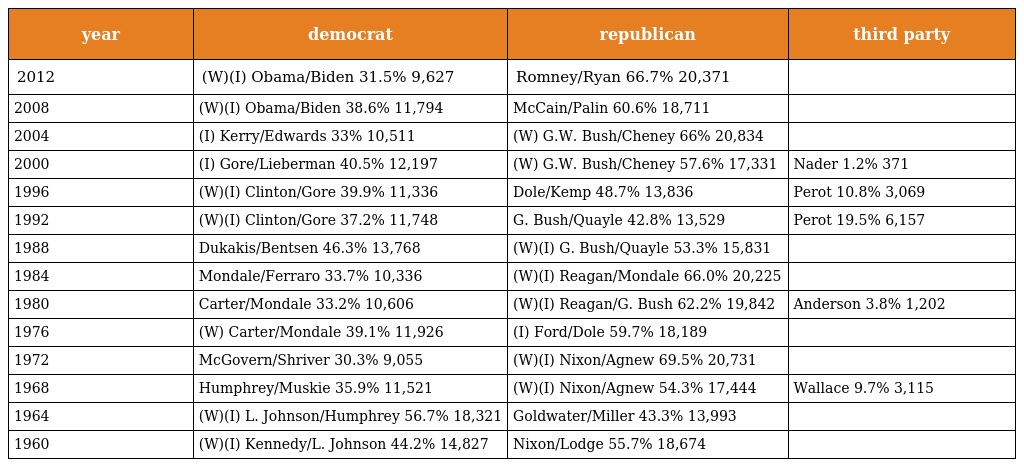
| year | democrat | republican | third party |
 | --- | --- | --- | --- |
 | 2012 | (W)(I) Obama/Biden 31.5% 9,627 | Romney/Ryan 66.7% 20,371 |  |
 | 2008 | (W)(I) Obama/Biden 38.6% 11,794 | McCain/Palin 60.6% 18,711 |  |
 | 2004 | (I) Kerry/Edwards 33% 10,511 | (W) G.W. Bush/Cheney 66% 20,834 |  |
 | 2000 | (I) Gore/Lieberman 40.5% 12,197 | (W) G.W. Bush/Cheney 57.6% 17,331 | Nader 1.2% 371 |
 | 1996 | (W)(I) Clinton/Gore 39.9% 11,336 | Dole/Kemp 48.7% 13,836 | Perot 10.8% 3,069 |
 | 1992 | (W)(I) Clinton/Gore 37.2% 11,748 | G. Bush/Quayle 42.8% 13,529 | Perot 19.5% 6,157 |
 | 1988 | Dukakis/Bentsen 46.3% 13,768 | (W)(I) G. Bush/Quayle 53.3% 15,831 |  |
 | 1984 | Mondale/Ferraro 33.7% 10,336 | (W)(I) Reagan/Mondale 66.0% 20,225 |  |
 | 1980 | Carter/Mondale 33.2% 10,606 | (W)(I) Reagan/G. Bush 62.2% 19,842 | Anderson 3.8% 1,202 |
 | 1976 | (W) Carter/Mondale 39.1% 11,926 | (I) Ford/Dole 59.7% 18,189 |  |
 | 1972 | McGovern/Shriver 30.3% 9,055 | (W)(I) Nixon/Agnew 69.5% 20,731 |  |
 | 1968 | Humphrey/Muskie 35.9% 11,521 | (W)(I) Nixon/Agnew 54.3% 17,444 | Wallace 9.7% 3,115 |
 | 1964 | (W)(I) L. Johnson/Humphrey 56.7% 18,321 | Goldwater/Miller 43.3% 13,993 |  |
 | 1960 | (W)(I) Kennedy/L. Johnson 44.2% 14,827 | Nixon/Lodge 55.7% 18,674 |  |